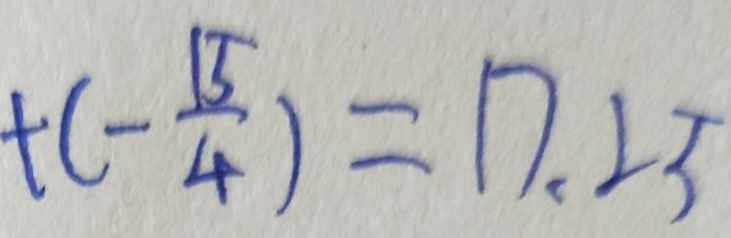
+ ( - \frac { 1 5 } { 4 } ) = 1 7 . 2 5